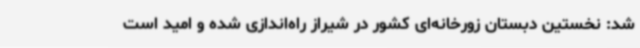
شد: نخستین دبستان زورخانه‌ای کشور در شیراز راه‌اندازی شده و امید است